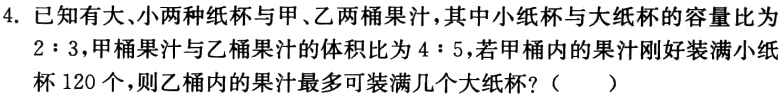
4. 已知有大、小两种纸杯与甲、乙两桶果汁，其中小纸杯与大纸杯的容量比为$2:3$，甲桶果汁与乙桶果汁的体积比为$4:5$，若甲桶内的果汁刚好装满小纸杯$120$个，则乙桶内的果汁最多可装满几个大纸杯?（  ）